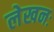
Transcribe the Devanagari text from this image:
लेखनः